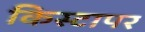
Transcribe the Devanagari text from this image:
किस्टापर